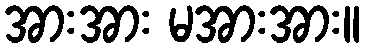
အားအား မအားအား။